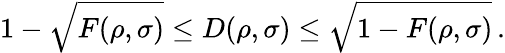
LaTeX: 1-{\sqrt{F(\rho,\sigma)}}\leq D(\rho,\sigma)\leq{\sqrt{1-F(\rho,\sigma)}}\, .